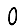
Digit: 0